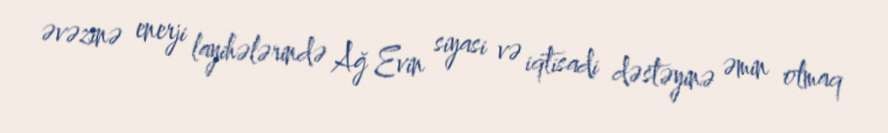
əvəzinə enerji layihələrində Ağ Evin siyasi və iqtisadi dəstəyinə əmin olmaq